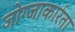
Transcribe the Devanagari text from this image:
जोग्जाकार्रता